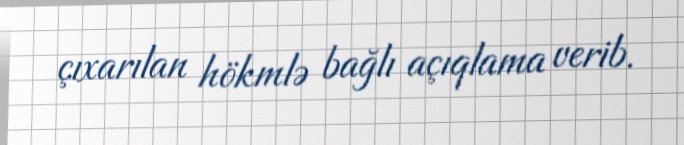
çıxarılan hökmlə bağlı açıqlama verib.